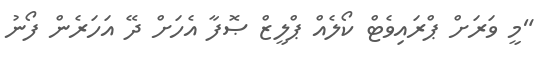
"މީ ވަރަށް ޕްރައިވެޓް ކޯލެއް ޕްލީޒް ޞޮފާ އެހަށް ދޭ އަހަރެން ފޯނު